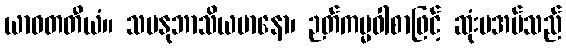
ယာဝတတီယံ။ သမနုဘာသိယမာနော၊ ဉတ်ကမ္မဝါစာဖြင့် ဆုံးမအပ်သည်